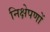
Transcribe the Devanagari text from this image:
निक्षेपणों